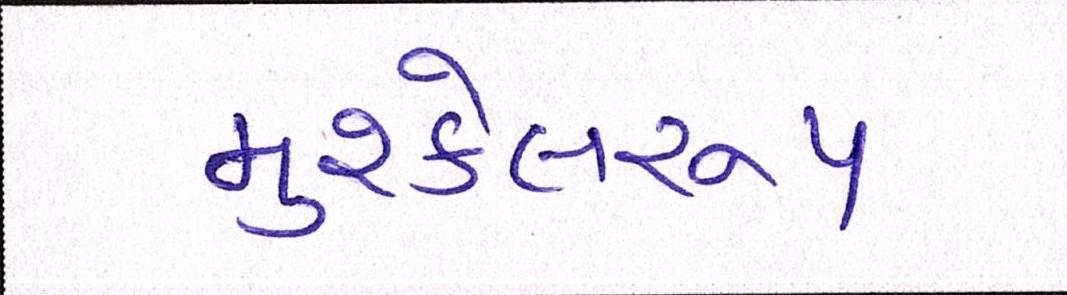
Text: મુશ્કેલરૂપ